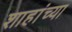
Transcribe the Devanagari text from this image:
शाहांच्या